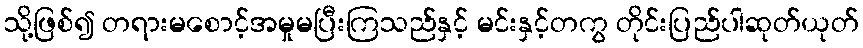
သို့ဖြစ်၍ တရားမစောင့်အမှုမပြီးကြသည်နှင့် မင်းနှင့်တကွ တိုင်းပြည်ပါဆုတ်ယုတ်